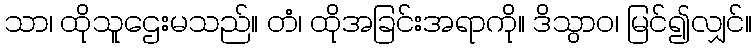
သာ၊ ထိုသူဌေးမသည်။ တံ၊ ထိုအခြင်းအရာကို။ ဒိသွာဝ၊ မြင်၍လျှင်။